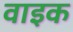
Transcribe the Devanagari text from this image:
वाइक